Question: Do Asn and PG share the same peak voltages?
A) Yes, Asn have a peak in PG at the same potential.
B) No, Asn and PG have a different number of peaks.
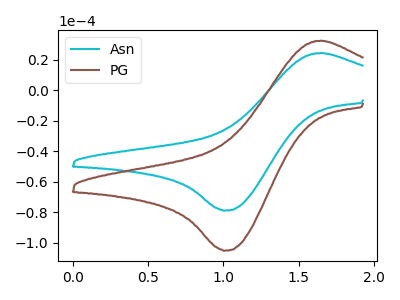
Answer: <think>The cyan curve "Asn" has an anodic peak at (1.65V, 24.35uA) and a cathodic peak at (1.00V, -79.00uA). The brown curve "PG" has an anodic peak at (1.65V, 32.40uA) and a cathodic peak at (1.00V, -105.25uA).</think>
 <answer>A) Yes, "Asn" have a peak in "PG" at the same potential.</answer>
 <eval>A</eval>